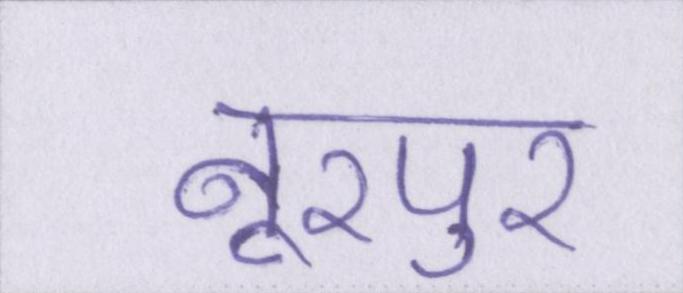
नूरपुर